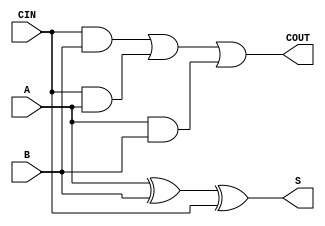
`timescale 1ns / 1ps
//////////////////////////////////////////////////////////////////////////////////
// Company: 
// Engineer: 
// 
// Design Name: 
// Module Name: Full_adder
// Project Name: 
// Target Devices: 
// Tool Versions: 
// Description: 
// 
// Dependencies: 
// 
// Revision:
// Revision 0.01 - File Created
// Additional Comments:
// 
//////////////////////////////////////////////////////////////////////////////////


module fa(A,B,CIN,S,COUT);
    input A;
    input B;
    input CIN;
    output S;
    output COUT;
    assign #3 S = A^B^CIN;
       assign #2 COUT = (CIN&B) | (CIN&A) |(A&B);
endmodule